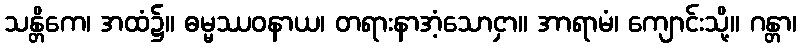
သန္တိကေ၊ အထံ၌။ ဓမ္မဿဝနာယ၊ တရားနာအံ့သောငှာ။ အာရာမံ၊ ကျောင်းသို့။ ဂန္တာ၊